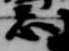
忌